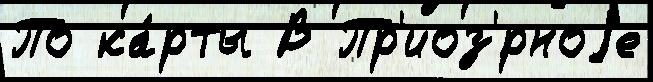
По ка́рты В Пр'иоз'́рноjе